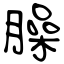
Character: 臊